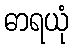
ဓာရယုံ